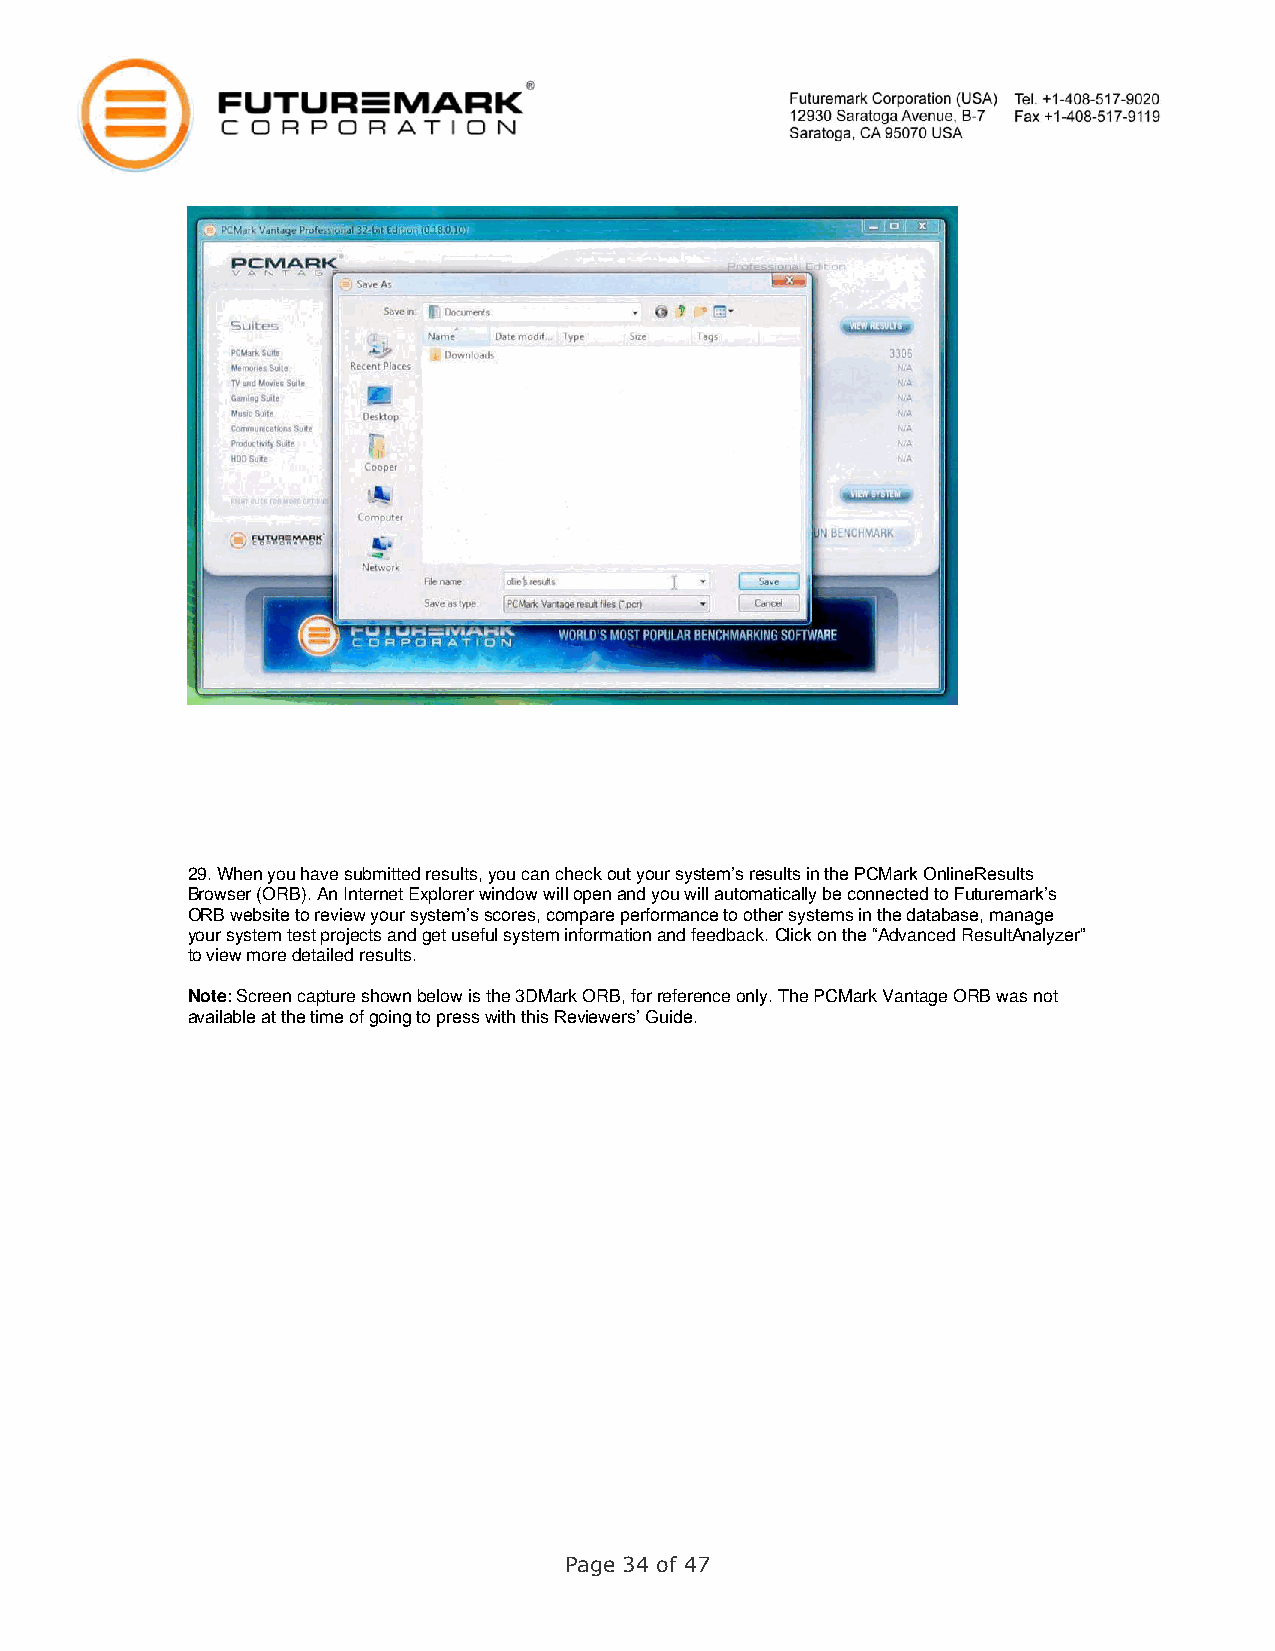
29. When you have submitted results, you can check out your system’s results in the PCMark OnlineResults
 Browser (ORB). An Internet Explorer window will open and you will automatically be connected to Futuremark’s
 ORB website to review your system’s scores, compare performance to other systems in the database, manage
 your system test projects and get useful system information and feedback. Click on the “Advanced ResultAnalyzer”
 to view more detailed results.
 Note: Screen capture shown below is the 3DMark ORB, for reference only. The PCMark Vantage ORB was not
 available at the time of going to press with this Reviewers’ Guide.
 Page 34 of 47